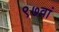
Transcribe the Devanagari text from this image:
९७वां